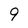
Character: 9